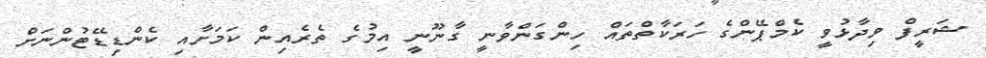
ޝަރީފް ވިދާޅުވީ ކެމްޕޭންގެ ހަރަކާތްތައް ހިންގަންވާނީ ގާނޫނީ އިމުގެ ތެރެއިން ކަމަށާއި ކެންޑިޑޭޓުންނަށް